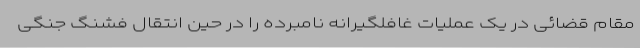
مقام قضائی در یک عملیات غافلگیرانه نامبرده را در حین انتقال فشنگ جنگی